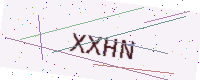
Text: XXHN